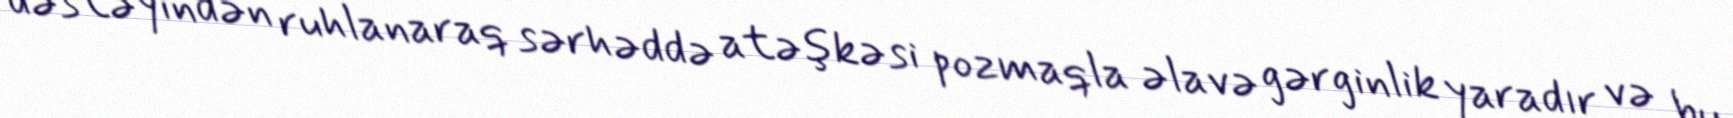
dəstəyindən ruhlanaraq sərhəddə atəşkəsi pozmaqla əlavə gərginlik yaradır və bu